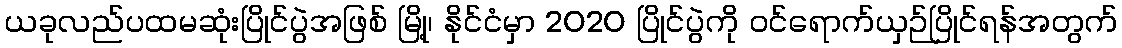
ယခုလည်ပထမဆုံးပြိုင်ပွဲအဖြစ် မြို့၊ နိုင်ငံမှာ 2020 ပြိုင်ပွဲကို ဝင်ရောက်ယှဉ်ပြိုင်ရန်အတွက်